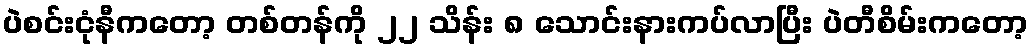
ပဲစင်းငုံနီကတော့ တစ်တန်ကို ၂၂ သိန်း ၈ သောင်းနားကပ်လာပြီး ပဲတီစိမ်းကတော့